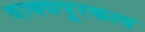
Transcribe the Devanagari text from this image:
वाक्यपूरकत्व